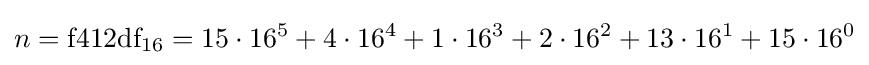
n={\text{f412df}}_{16}=15\cdot 16^{5}+4\cdot 16^{4}+1\cdot 16^{3}+2\cdot 16^{2}+13\cdot 16^{1}+15\cdot 16^{0}